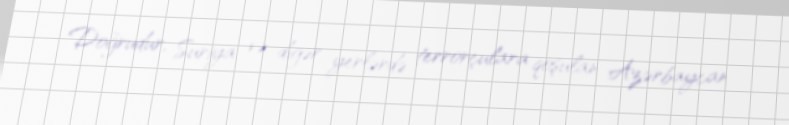
Doğrudur, Suriya və digər yerlərdə terrorçulara qoşulan Azərbaycan